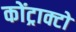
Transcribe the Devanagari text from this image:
कोंट्राक्टो